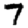
Digit: 7